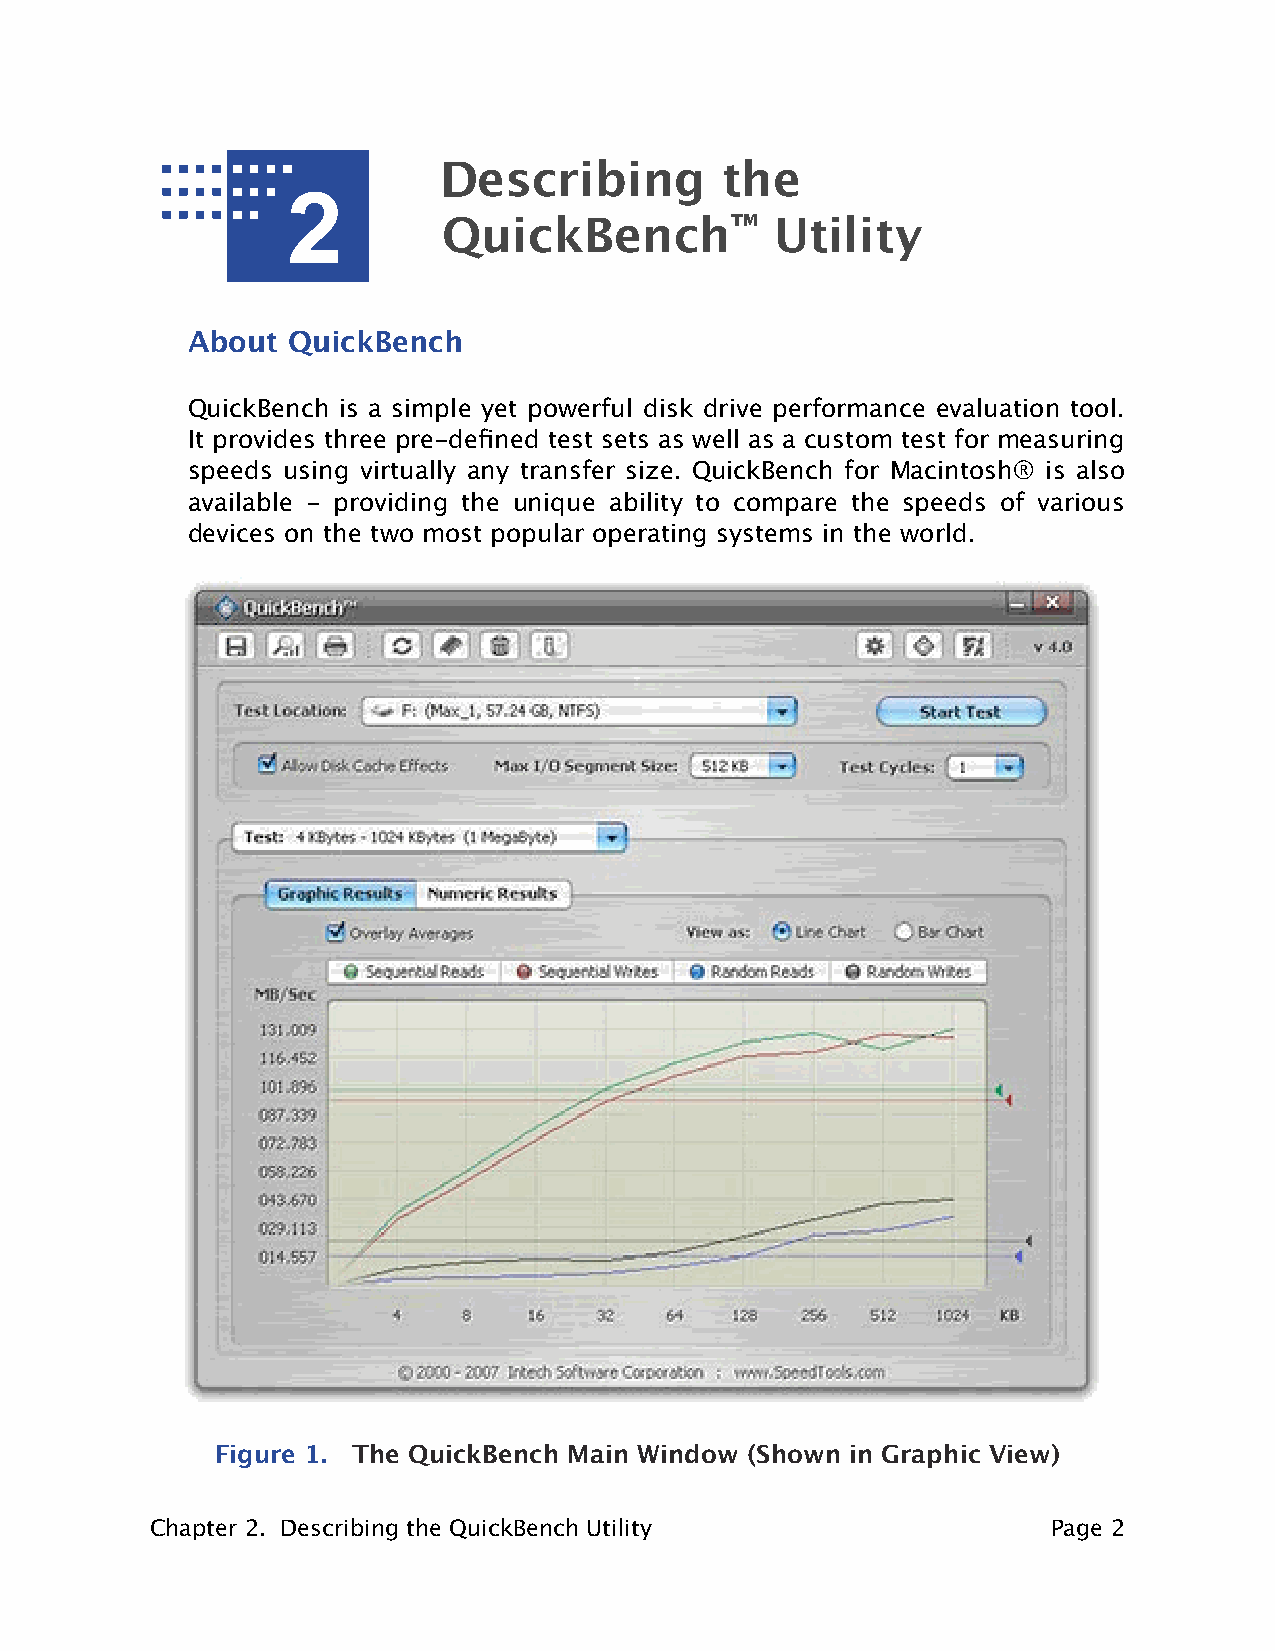
Describing         the
 2
 QuickBench™           Utility
 About  QuickBench
 QuickBench is a simple yet powerful disk drive performance evaluation tool.
 It provides three pre-defined test sets as well as a custom test for measuring
 speeds using virtually any transfer size. QuickBench for Macintosh® is also
 available - providing the unique ability to compare the speeds of various
 devices on the two most popular operating systems in the world.
 Figure 1. The QuickBench Main Window (Shown in Graphic View)
 Chapter 2. Describing the QuickBench Utility                Page 2